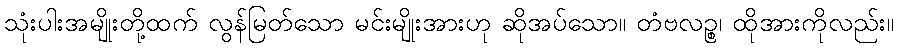
သုံးပါးအမျိုးတို့ထက် လွန်မြတ်သော မင်းမျိုးအားဟု ဆိုအပ်သော။ တံဗလဉ္စ၊ ထိုအားကိုလည်း။